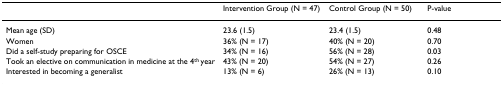
<table><thead><tr><td></td><td><b>Intervention Group (N = 47)</b></td><td><b>Control Group (N = 50)</b></td><td><b>P-value</b></td></tr></thead><tbody><tr><td>Mean age (SD)</td><td>23.6 (1.5)</td><td>23.4 (1.5)</td><td>0.48</td></tr><tr><td>Women</td><td>36% (N = 17)</td><td>40% (N = 20)</td><td>0.70</td></tr><tr><td>Did a self-study preparing for OSCE</td><td>34% (N = 16)</td><td>56% (N = 28)</td><td>0.03</td></tr><tr><td>Took an elective on communication in medicine at the 4<sup>th </sup>year</td><td>43% (N = 20)</td><td>54% (N = 27)</td><td>0.26</td></tr><tr><td>Interested in becoming a generalist</td><td>13% (N = 6)</td><td>26% (N = 13)</td><td>0.10</td></tr></tbody></table>